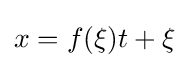
x=f(\xi )t+\xi